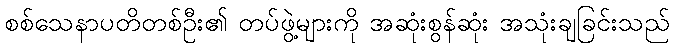
စစ်သေနာပတိတစ်ဦး၏ တပ်ဖွဲ့များကို အဆုံးစွန်ဆုံး အသုံးချခြင်းသည်